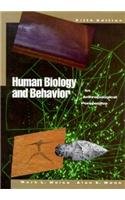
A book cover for Human Biology and Behavior: An Anthropological Perspective (5th Edition); Mark L. Weiss; Politics & Social Sciences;